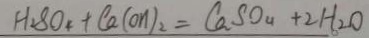
H _ { 2 } S O _ { 4 } + C a ( O H ) _ { 2 } = C a S O _ { 4 } + 2 H _ { 2 } O